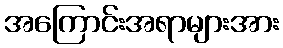
အကြောင်းအရာများအား